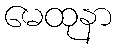
မေထုနာ